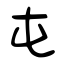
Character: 屯